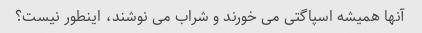
آنها همیشه اسپاگتی می خورند و شراب می نوشند، اینطور نیست؟